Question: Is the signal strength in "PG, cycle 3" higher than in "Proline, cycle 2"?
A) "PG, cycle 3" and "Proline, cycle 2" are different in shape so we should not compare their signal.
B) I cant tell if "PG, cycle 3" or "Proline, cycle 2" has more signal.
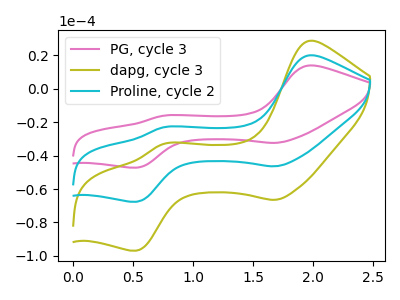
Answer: <think>The pink curve "PG, cycle 3" has anodic peaks at (1.95V, 14.00uA) (0.75V, -16.05uA) and cathodic peaks at (1.70V, -32.35uA) (0.55V, -47.20uA). The olive curve "dapg, cycle 3" has anodic peaks at (1.95V, 40.15uA) (0.75V, -46.05uA) and cathodic peaks at (1.70V, -92.75uA) (0.55V, -135.25uA). The cyan curve "Proline, cycle 2" has anodic peaks at (1.95V, 20.10uA) (0.75V, -23.05uA) and cathodic peaks at (1.70V, -46.35uA) (0.55V, -67.60uA).
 All the peaks in "PG, cycle 3" have a peak in "Proline, cycle 2" at the same potential.</think>
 <answer>B) I cant tell if "PG, cycle 3" or "Proline, cycle 2" has more signal.</answer>
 <eval>B</eval>